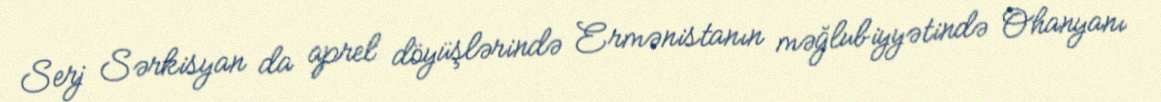
Serj Sərkisyan da aprel döyüşlərində Ermənistanın məğlubiyyətində Ohanyanı